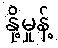
နို့မှုန့်